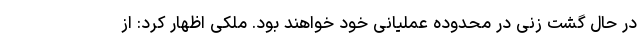
در حال گشت زنی در محدوده عملیانی خود خواهند بود. ملکی اظهار کرد: از